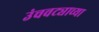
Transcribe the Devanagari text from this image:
उंचवट्याच्या